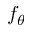
f _ { \theta }